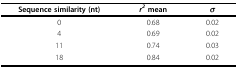
<table><thead><tr><td><b>Sequence similarity (nt)</b></td><td><b><i>r<sup>2 </sup></i>mean</b></td><td><b><i>σ</i></b></td></tr></thead><tbody><tr><td>0</td><td>0.68</td><td>0.02</td></tr><tr><td>4</td><td>0.69</td><td>0.02</td></tr><tr><td>11</td><td>0.74</td><td>0.03</td></tr><tr><td>18</td><td>0.84</td><td>0.02</td></tr></tbody></table>